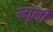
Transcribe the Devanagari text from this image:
न्यूली